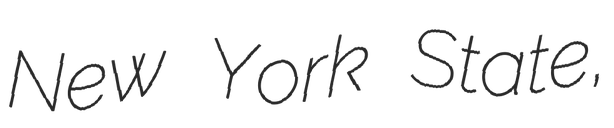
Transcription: New York State,